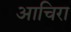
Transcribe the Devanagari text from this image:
आचिरा